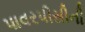
પાવરપીસીની